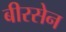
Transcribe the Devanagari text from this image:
बीरसेन